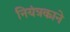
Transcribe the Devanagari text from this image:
नियंत्रकाने